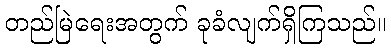
တည်မြဲရေးအတွက် ခုခံလျက်ရှိကြသည်။